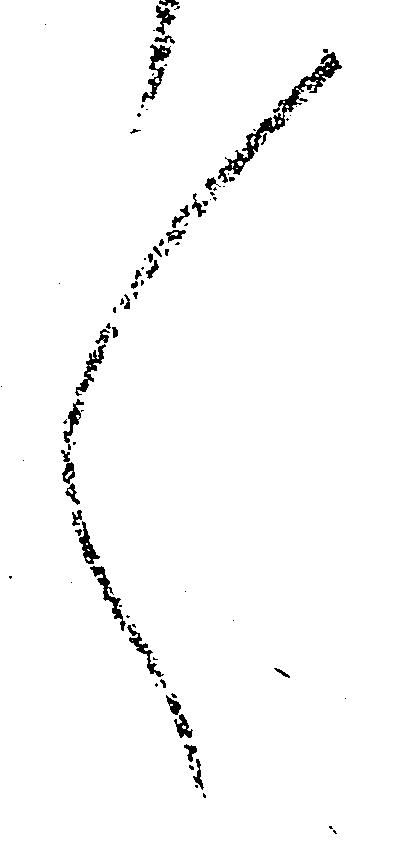
々